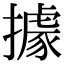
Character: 據